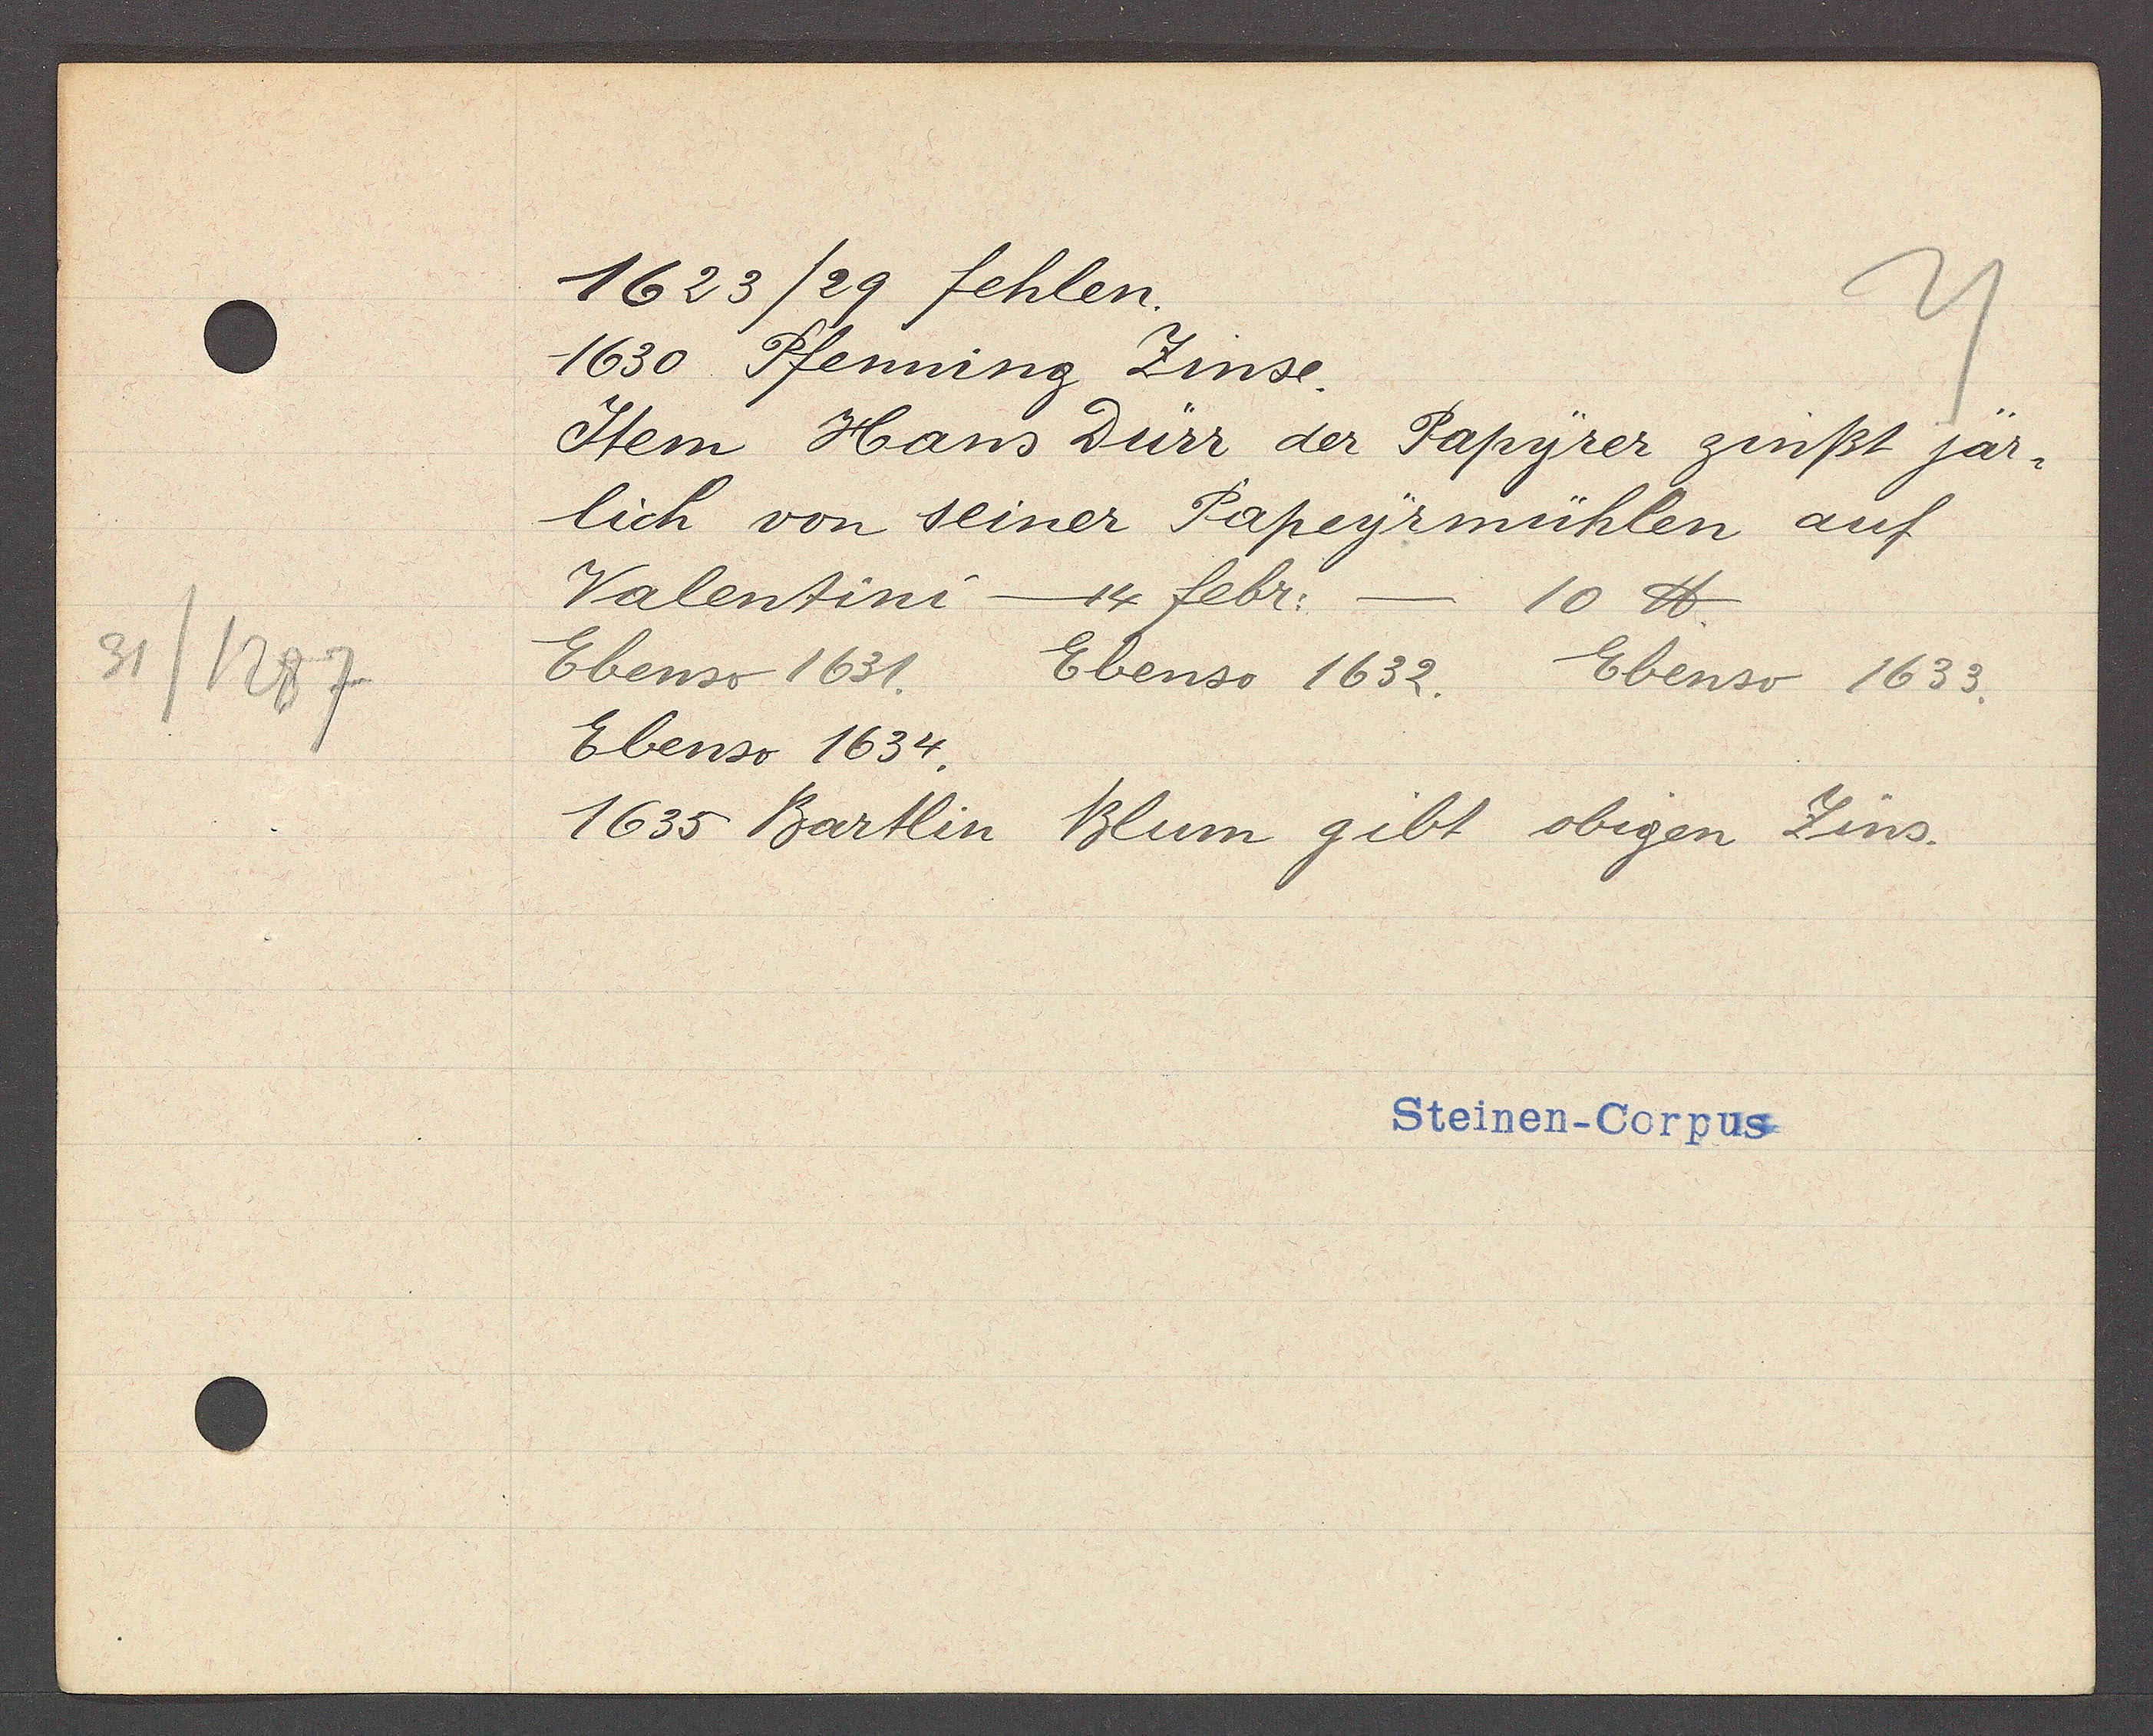
Transcript:
31
1287

1623 /29 fehlen.

1630 Pfenning Zinse.
Item Hans Dürr der Papyrer zinßt jär¬
lich von seiner Papeyrmühlen auf
Valentini - 14 febr:
10 ℔.
Ebenso 1631.
Ebenso 1632.
Ebenso 1633.
Ebenso 1634.
1635 Bartlin Blum gibt obigen Zins.

Steinen-Corpus